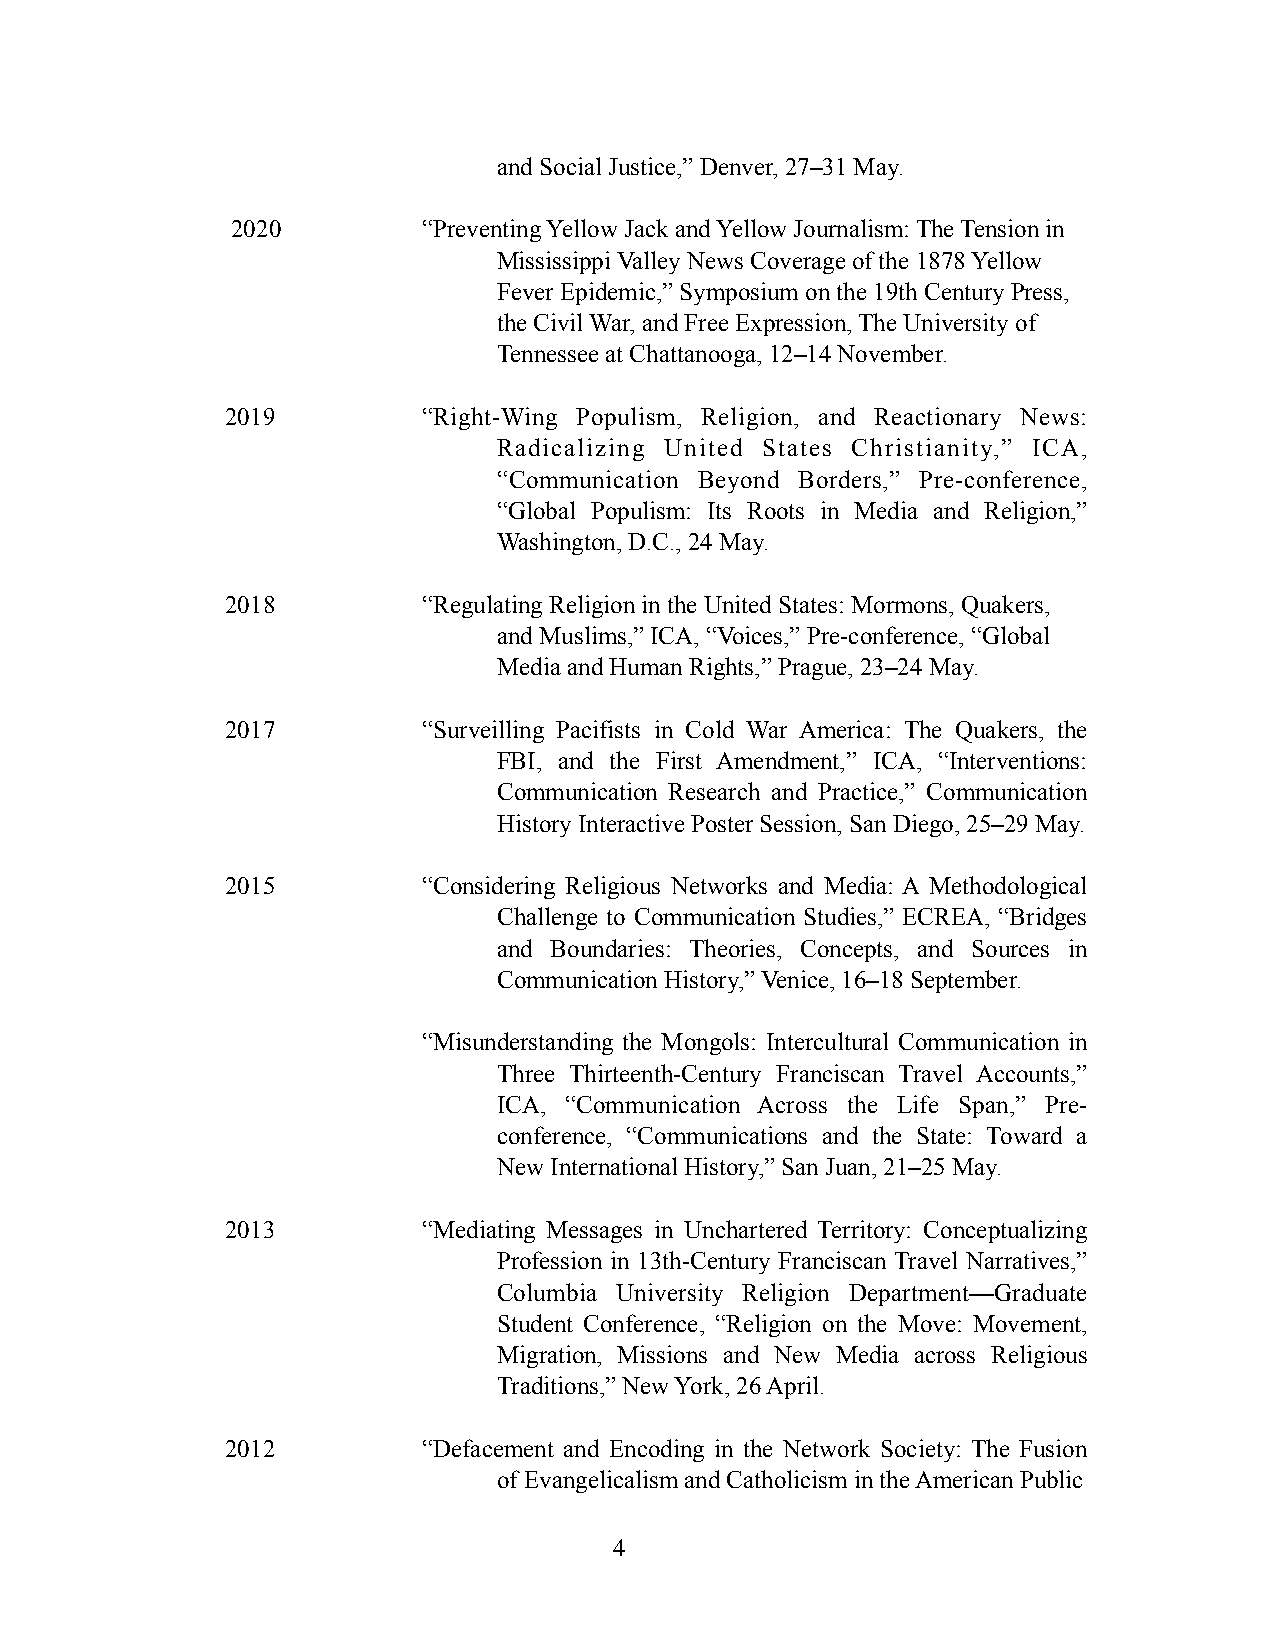
and Social Justice,” Denver, 27–31 May.
 2020         “Preventing Yellow Jack and Yellow Journalism: The Tension in
 Mississippi Valley News Coverage of the 1878 Yellow
 Fever Epidemic,” Symposium on the 19th Century Press,
 the Civil War, and Free Expression, The University of
 Tennessee at Chattanooga, 12–14 November.
 2019         “Right-Wing Populism, Religion, and Reactionary News:
 Radicalizing United States Christianity,” ICA,
 “Communication Beyond Borders,” Pre-conference,
 “Global Populism: Its Roots in Media and Religion,”
 Washington, D.C., 24 May.
 2018         “Regulating Religion in the United States: Mormons, Quakers,
 and Muslims,” ICA, “Voices,” Pre-conference, “Global
 Media and Human Rights,” Prague, 23–24 May.
 2017         “Surveilling Pacifists in Cold War America: The Quakers, the
 FBI, and the First Amendment,” ICA, “Interventions:
 Communication Research and Practice,” Communication
 History Interactive Poster Session, San Diego, 25–29 May.
 2015         “Considering Religious Networks and Media: A Methodological
 Challenge to Communication Studies,” ECREA, “Bridges
 and Boundaries: Theories, Concepts, and Sources in
 Communication History,” Venice, 16–18 September.
 “Misunderstanding the Mongols: Intercultural Communication in
 Three Thirteenth-Century Franciscan Travel Accounts,”
 ICA, “Communication Across the Life Span,” Pre-
 conference, “Communications and the State: Toward a
 New International History,” San Juan, 21–25 May.
 2013         “Mediating Messages in Unchartered Territory: Conceptualizing
 Profession in 13th-Century Franciscan Travel Narratives,”
 Columbia University Religion Department—Graduate
 Student Conference, “Religion on the Move: Movement,
 Migration, Missions and New Media across Religious
 Traditions,” New York, 26 April.
 2012         “Defacement and Encoding in the Network Society: The Fusion
 of Evangelicalism and Catholicism in the American Public
 4